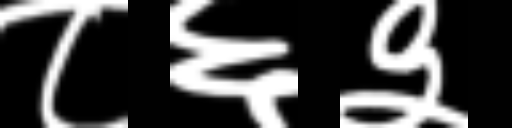
Text: ८६३